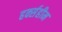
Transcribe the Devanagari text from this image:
हर्क्सहीम